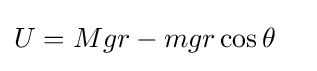
{\begin{aligned}U&=Mgr-mgr\cos {\theta }\end{aligned}}